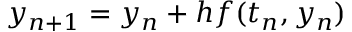
y _ { n + 1 } = y _ { n } + h f ( t _ { n } , y _ { n } )